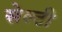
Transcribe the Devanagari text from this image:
सेल्टी